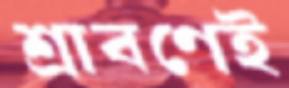
শ্রাবণেই